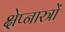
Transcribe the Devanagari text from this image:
क्षेप्नास्त्रों